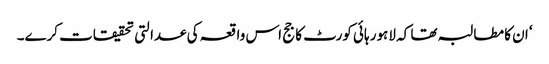
‘ ان کا مطالبہ تھا کہ لاہور ہائی کورٹ کا جج اس واقعہ کی عدالتی تحقیقات کرے۔